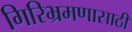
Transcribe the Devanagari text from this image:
गिरिभ्रमणासाठी